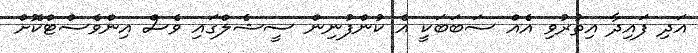
އަދި ފައިދާ އިތުރުވި އެއް ސަބަބަކީ އެ ކުންފުނިން ސީޝެލްގައި ވެސް އިންވެސްޓްކޮށް